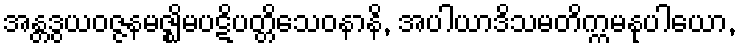
အန္တဒွယဝဇ္ဇနမဇ္ဈိမပဋိပတ္တိသေဝနာနိ, အပါယာဒိသမတိက္ကမနုပါယော,